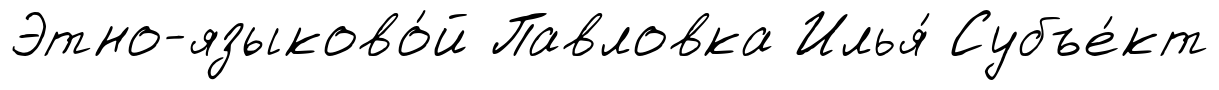
Этно-языково́й Павловка Илья́ Субъе́кт